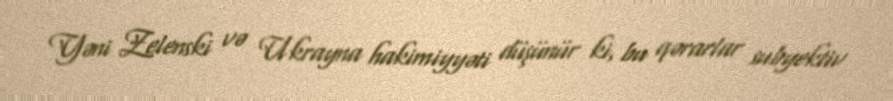
Yəni Zelenski və Ukrayna hakimiyyəti düşünür ki, bu qərarlar subyektiv